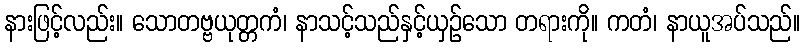
နားဖြင့်လည်း။ သောတဗ္ဗယုတ္တကံ၊ နာသင့်သည်နှင့်ယှဉ်သော တရားကို။ ကတံ၊ နာယူအပ်သည်။